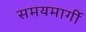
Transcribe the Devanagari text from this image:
समयमार्गी